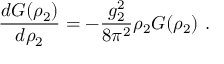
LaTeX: \frac { d G ( \rho _ { 2 } ) } { d \rho _ { 2 } } = - \frac { g _ { 2 } ^ { 2 } } { 8 \pi ^ { 2 } } \rho _ { 2 } G ( \rho _ { 2 } ) ~ .